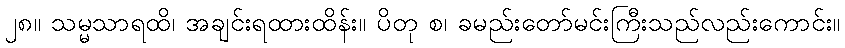
၂၈။ သမ္မသာရထိ၊ အချင်းရထားထိန်း။ ပိတု စ၊ ခမည်းတော်မင်းကြီးသည်လည်းကောင်း။